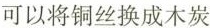
可以将铜丝换成木炭